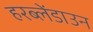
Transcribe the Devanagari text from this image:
हरब्लेंडाउन